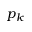
p _ { k }